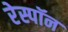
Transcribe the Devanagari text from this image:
रेस्पॉन